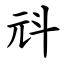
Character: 㪴